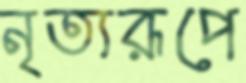
নৃত্যরূপে